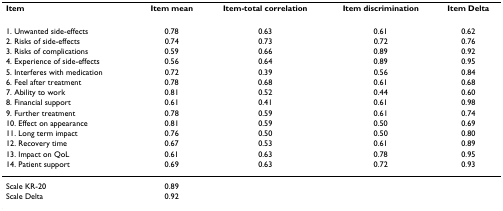
<table><thead><tr><td><b>Item</b></td><td><b>Item mean</b></td><td><b>Item-total correlation</b></td><td><b>Item discrimination</b></td><td><b>Item Delta</b></td></tr></thead><tbody><tr><td>1. Unwanted side-effects</td><td>0.78</td><td>0.63</td><td>0.61</td><td>0.62</td></tr><tr><td>2. Risks of side-effects</td><td>0.74</td><td>0.73</td><td>0.72</td><td>0.76</td></tr><tr><td>3. Risks of complications</td><td>0.59</td><td>0.66</td><td>0.89</td><td>0.92</td></tr><tr><td>4. Experience of side-effects</td><td>0.56</td><td>0.64</td><td>0.89</td><td>0.95</td></tr><tr><td>5. Interferes with medication</td><td>0.72</td><td>0.39</td><td>0.56</td><td>0.84</td></tr><tr><td>6. Feel after treatment</td><td>0.78</td><td>0.68</td><td>0.61</td><td>0.68</td></tr><tr><td>7. Ability to work</td><td>0.81</td><td>0.52</td><td>0.44</td><td>0.60</td></tr><tr><td>8. Financial support</td><td>0.61</td><td>0.41</td><td>0.61</td><td>0.98</td></tr><tr><td>9. Further treatment</td><td>0.78</td><td>0.59</td><td>0.61</td><td>0.74</td></tr><tr><td>10. Effect on appearance</td><td>0.81</td><td>0.59</td><td>0.50</td><td>0.69</td></tr><tr><td>11. Long term impact</td><td>0.76</td><td>0.50</td><td>0.50</td><td>0.80</td></tr><tr><td>12. Recovery time</td><td>0.67</td><td>0.53</td><td>0.61</td><td>0.89</td></tr><tr><td>13. Impact on QoL</td><td>0.61</td><td>0.63</td><td>0.78</td><td>0.95</td></tr><tr><td>14. Patient support</td><td>0.69</td><td>0.63</td><td>0.72</td><td>0.93</td></tr><tr><td>Scale KR-20</td><td>0.89</td><td></td><td></td><td></td></tr><tr><td>Scale Delta</td><td>0.92</td><td></td><td></td><td></td></tr></tbody></table>